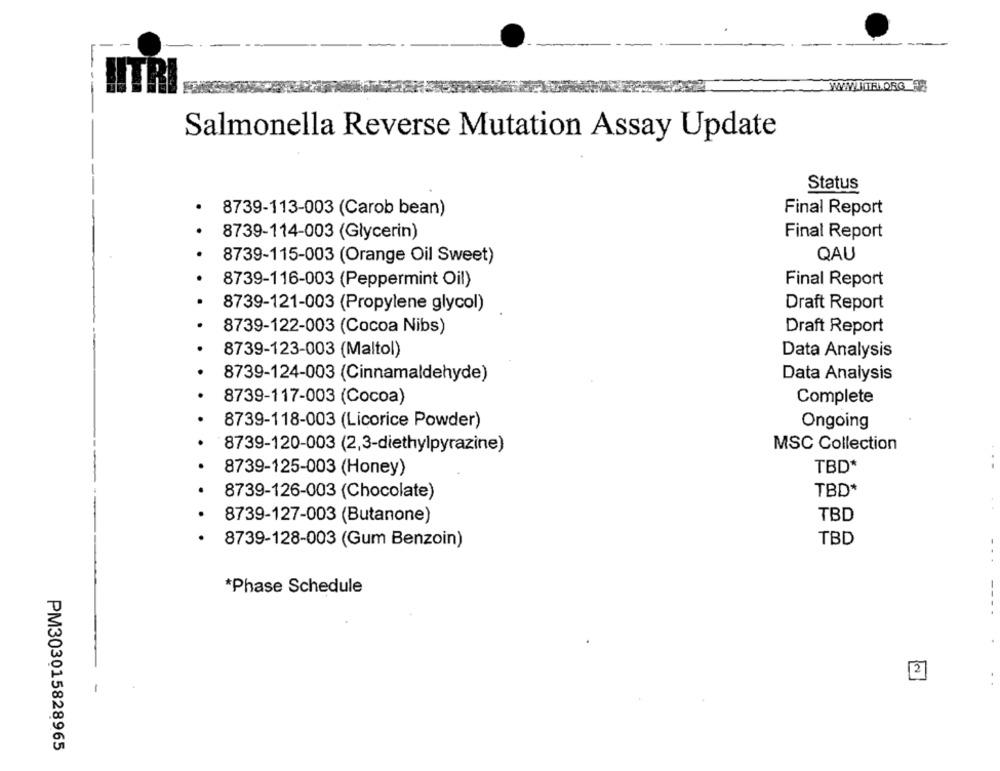
Salmonella Reverse Mutation Assay Update
Status
8739-113-003 (Carob bean)
Final Report
8739-114-003 (Glycerin)
Final Report
8739-115-003 (Orange Oil Sweet)
QAU
8739-116-003 (Peppermint Oil)
Final Report
8739-121-003 (Propylene glycol)
Draft Report
8739-122-003 (Cocoa Nibs)
Draft Report
8739-123-003 (Maltol)
Data Analysis
8739-124-003 (Cinnamaldehyde)
Data Analysis
8739-117-003 (Cocoa)
Complete
8739-118-003 (Licorice Powder)
Ongoing
8739-120-003 (2,3-diethylpyrazine)
MSC Collection
8739-125-003 (Honey)
TBD*
TBD*
8739-126-003 (Chocolate)
8739-127-003 (Butanone)
TBD
TBD
8739-128-003 (Gum Benzoin)
*Phase Schedule
2
PM303015828965